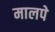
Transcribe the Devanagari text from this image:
मालपे